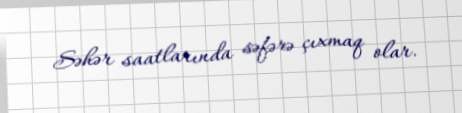
Səhər saatlarında səfərə çıxmaq olar.